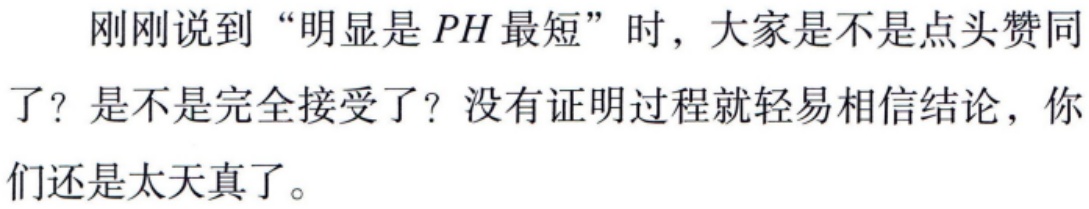
刚刚说到“明显是 \(PH\) 最短”时，大家是不是点头赞同了？是不是完全接受了？没有证明过程就轻易相信结论，你们还是太天真了。